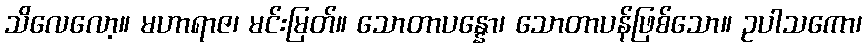
သိလေလော့။ မဟာရာဇ၊ မင်းမြတ်။ သောတာပန္နော၊ သောတာပန်ဖြစ်သော။ ဥပါသကော၊